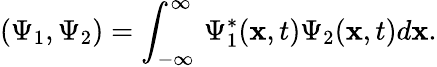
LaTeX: (\Psi_{1},\Psi_{2})=\int_{-\infty}^{\infty}\, \Psi_{1}^{*}(\mathbf{x},t)\Psi_{2}(\mathbf{x},t)d\mathbf{x}.